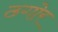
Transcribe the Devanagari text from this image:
ठगोर